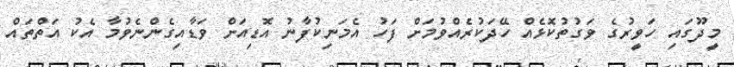
މީދޫގައި ހަވީރުގެ ވަގުތުކޮޅެއް ހޭދަކުރެއްވުމަށް ފަހު އެމަނިކުފާނު އޮޑިއަށް ވަޑާއިގެންނެވުމާ އެކު އަތްތައް